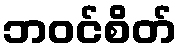
ဘဝင်စိတ်